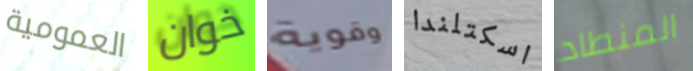
العمومية خوان وقوية اسكتلندا المنطاد